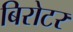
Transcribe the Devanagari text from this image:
बिरोटर